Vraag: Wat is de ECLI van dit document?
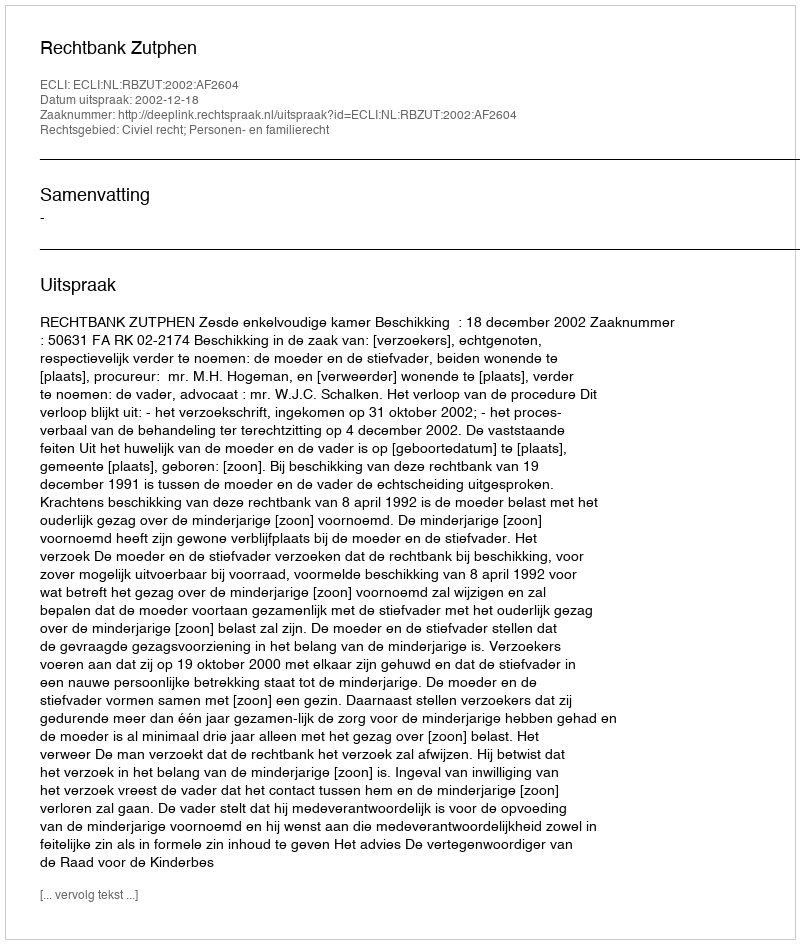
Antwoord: ECLI:NL:RBZUT:2002:AF2604